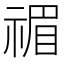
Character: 𥚵